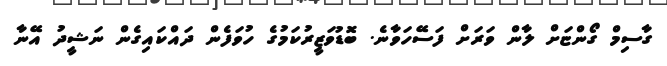
ގާސިމް ގޯންޏަށް ލާން ވަރަށް ފަސޭހަވާނެ. ބޮޑުވަޒީރުކަމުގެ ހުވަފެން ދައްކައިގެން ނަޝީދު އޭނާ